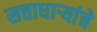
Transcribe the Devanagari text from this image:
सत्ताधाऱ्यांचे